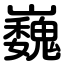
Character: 巍